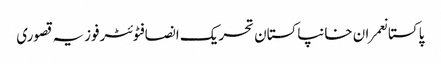
پاکستانعمران خانپاکستان تحریک انصافٹوئٹرفوزیہ قصوری